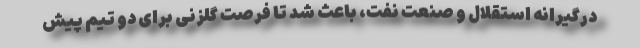
درگیرانه استقلال و صنعت نفت، باعث شد تا فرصت گلزنی برای دو تیم پیش